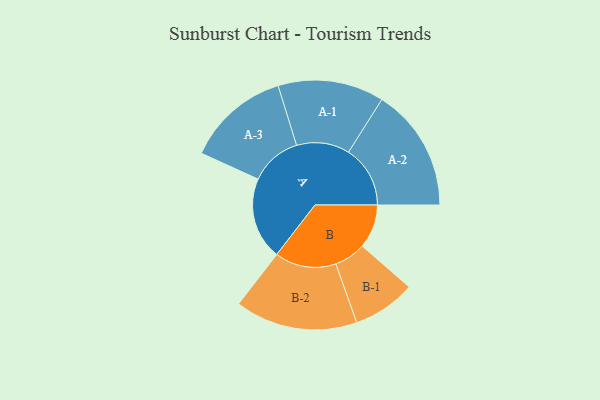
{"axis": {"x": "Segment", "y": "Value"}, "legend": ["", "A", "B"], "data": [{"x": "A", "y": 378, "type": ""}, {"x": "B", "y": 202, "type": ""}, {"x": "A-1", "y": 244, "type": "A"}, {"x": "A-2", "y": 284, "type": "A"}, {"x": "A-3", "y": 238, "type": "A"}, {"x": "B-1", "y": 145, "type": "B"}, {"x": "B-2", "y": 282, "type": "B"}]}